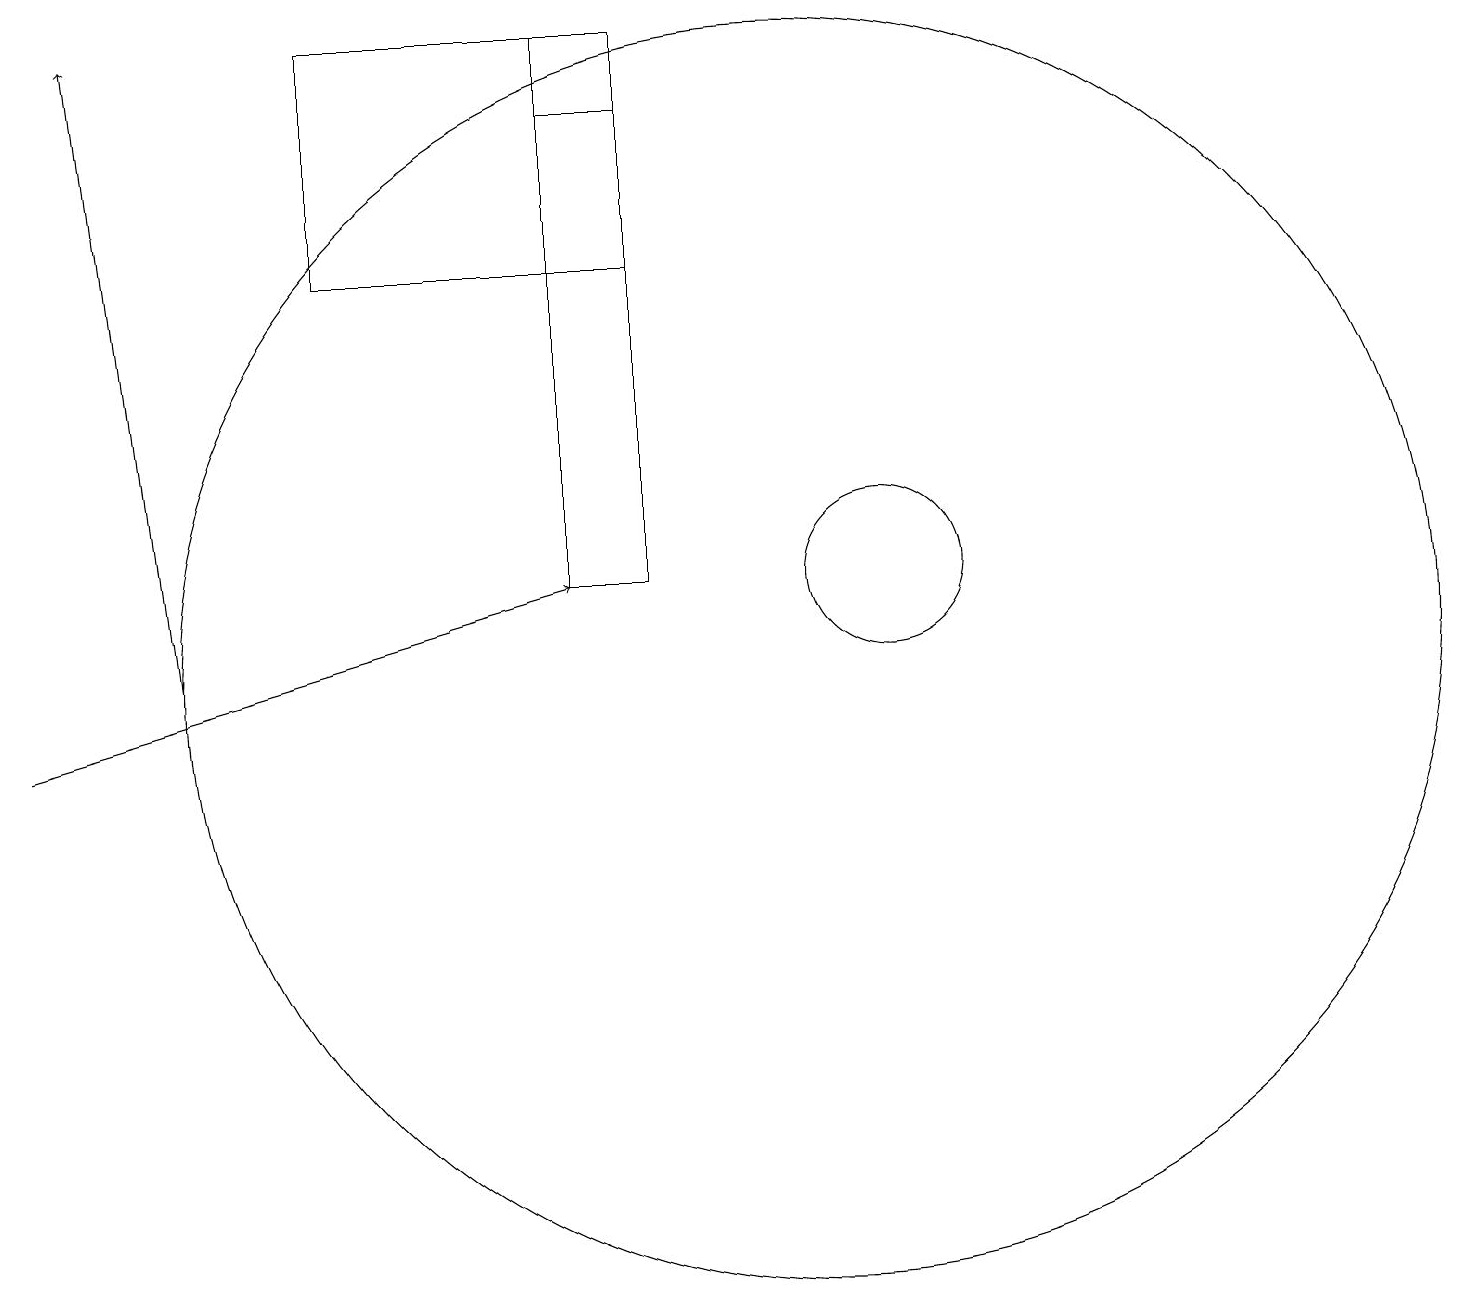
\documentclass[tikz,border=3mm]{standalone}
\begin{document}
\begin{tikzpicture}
\draw[->] (2,11) -- (1,19);
\draw (11,12) circle (1);
\draw (8,19) rectangle (4,16);
\draw (8,18) rectangle (7,19);
\draw (8,18) rectangle (7,12);
\draw (10,11) circle (8);
\draw[->] (0,10) -- (7,12);
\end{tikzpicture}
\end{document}